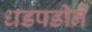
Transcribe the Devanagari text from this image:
धडपडीने